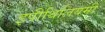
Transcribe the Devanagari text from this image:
इपीथिलियमी